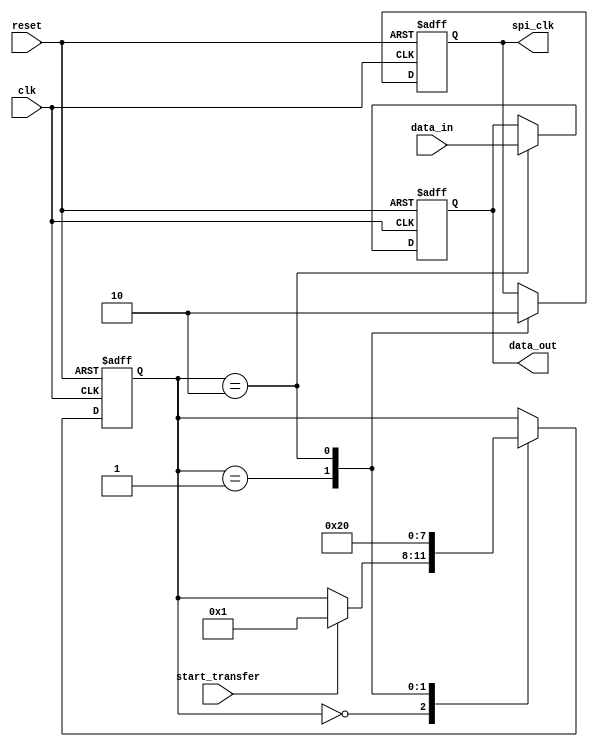
module SPI_Timing_Control_and_Synchronization (
    input wire reset,
    input wire clk,
    input wire start_transfer,
    input wire data_in,
    output reg spi_clk,
    output reg data_out
);

reg [3:0] state;
parameter IDLE = 4'b0000;
parameter CLK_HIGH = 4'b0001;
parameter CLK_LOW = 4'b0010;

always @(posedge clk or posedge reset) begin
    if (reset) begin
        state <= IDLE;
        spi_clk <= 0;
        data_out <= 0;
    end else begin
        case (state)
            IDLE: begin
                if (start_transfer) begin
                    state <= CLK_HIGH;
                end
            end
            CLK_HIGH: begin
                spi_clk <= 1;
                state <= CLK_LOW;
            end
            CLK_LOW: begin
                spi_clk <= 0;
                data_out <= data_in;
                state <= IDLE;
            end
        endcase
    end
end

endmodule